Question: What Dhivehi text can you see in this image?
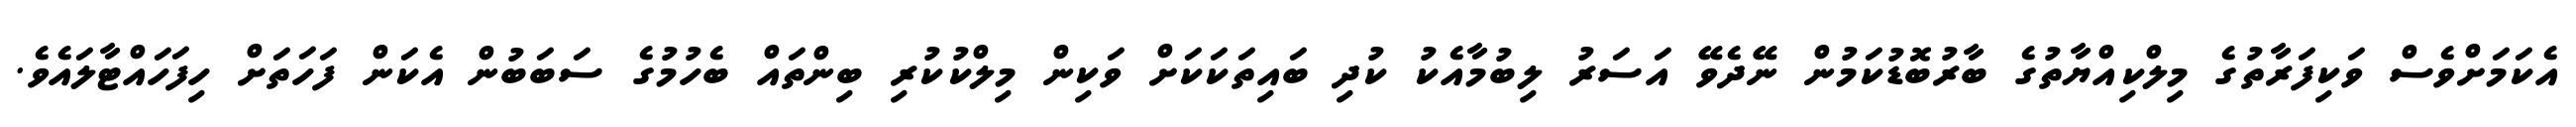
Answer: އެކަމަށްވެސް ވަކިފަރާތުގެ މިލްކިއްޔާތުގެ ބާރުބޮޑުކަމުން ނޭދެވޭ އަސަރު ލިބުމާއެކު ކުދި ބައިތަކަކަށް ވަކިން މިލްކުކުރި ބިންތައް ބެހުމުގެ ސަބަބުން އެކަން ފަހަތަށް ހިފަހައްޓާލައެވެ.